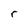
Character: r